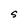
Character: S